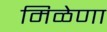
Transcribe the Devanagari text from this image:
मिळेणा